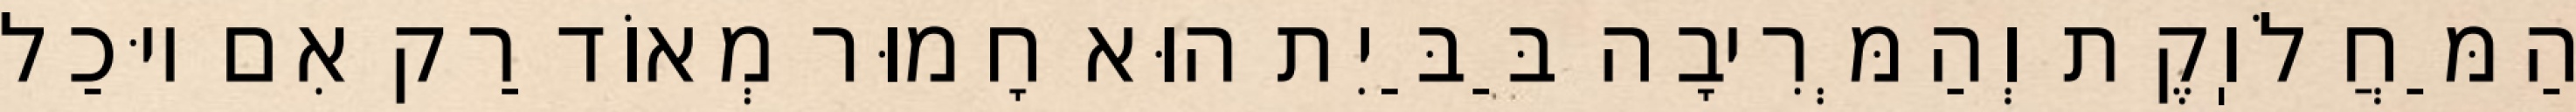
הַמַּחֲלֹוֽקֶת וְהַמְּרִיבָה בַּבַּיִת הוּא חָמוּר מְאוֹד רַק אִם יוּכַל